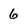
Character: 6